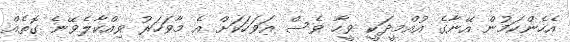
އެހެންކަމުން އޭނާގެ އުއްމީދަކީ ވީހާ ވެސް އަވަހަކަށް އެ މާވަހަރު ވިއްކާލެވޭނެ ގޮތެއް